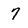
Character: 7